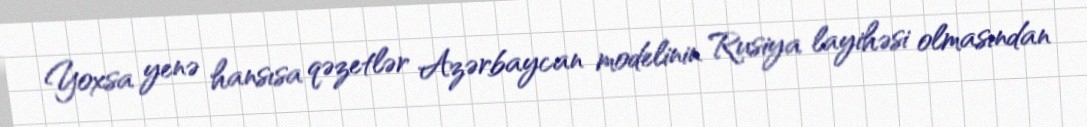
Yoxsa yenə hansısa qəzetlər Azərbaycan modelinin Rusiya layihəsi olmasından